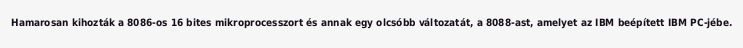
Hamarosan kihozták a 8086-os 16 bites mikroprocesszort és annak egy olcsóbb változatát, a 8088-ast, amelyet az IBM beépített IBM PC-jébe.